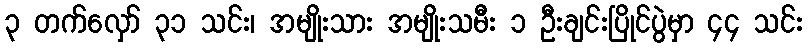
၃ တက်လှော် ၃၁ သင်း၊ အမျိုးသား အမျိုးသမီး ၁ ဦးချင်းပြိုင်ပွဲမှာ ၄၄ သင်း